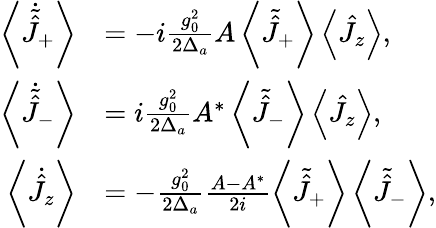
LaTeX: \begin{array}{rl}{\left\langle\dot{\tilde{\hat{J}}}_{+}\right\rangle}&{=-i\frac{g_{0}^{2}}{2\Delta_{a}}A\left\langle\tilde{\hat{J}}_{+}\right\rangle\left\langle\hat{J}_{z}\right\rangle,}\\ {\left\langle\dot{\tilde{\hat{J}}}_{-}\right\rangle}&{=i\frac{g_{0}^{2}}{2\Delta_{a}}A^{*}\left\langle\tilde{\hat{J}}_{-}\right\rangle\left\langle\hat{J}_{z}\right\rangle,}\\ {\left\langle\dot{\hat{J}}_{z}\right\rangle}&{=-\frac{g_{0}^{2}}{2\Delta_{a}}\frac{A-A^{*}}{2i}\left\langle\tilde{\hat{J}}_{+}\right\rangle\left\langle\tilde{\hat{J}}_{-}\right\rangle,}\end{array}